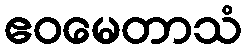
ဧဝမေတာသံ